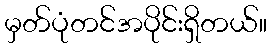
မှတ်ပုံတင်အပိုင်းရှိတယ်။